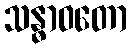
သန္ဓာဝတော